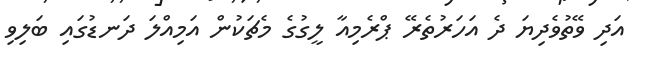
އަދި ވޭތުވެދިޔަ ދެ އަހަރުތެރޭ ޕްރެމިއާ ލީގުގެ މެޗަކުން އަމިއްލަ ދަނޑުގައި ބަލިވި